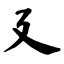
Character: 廴